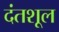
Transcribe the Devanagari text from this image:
दंतशूल